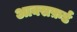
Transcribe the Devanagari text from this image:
आक्सफ़र्ड